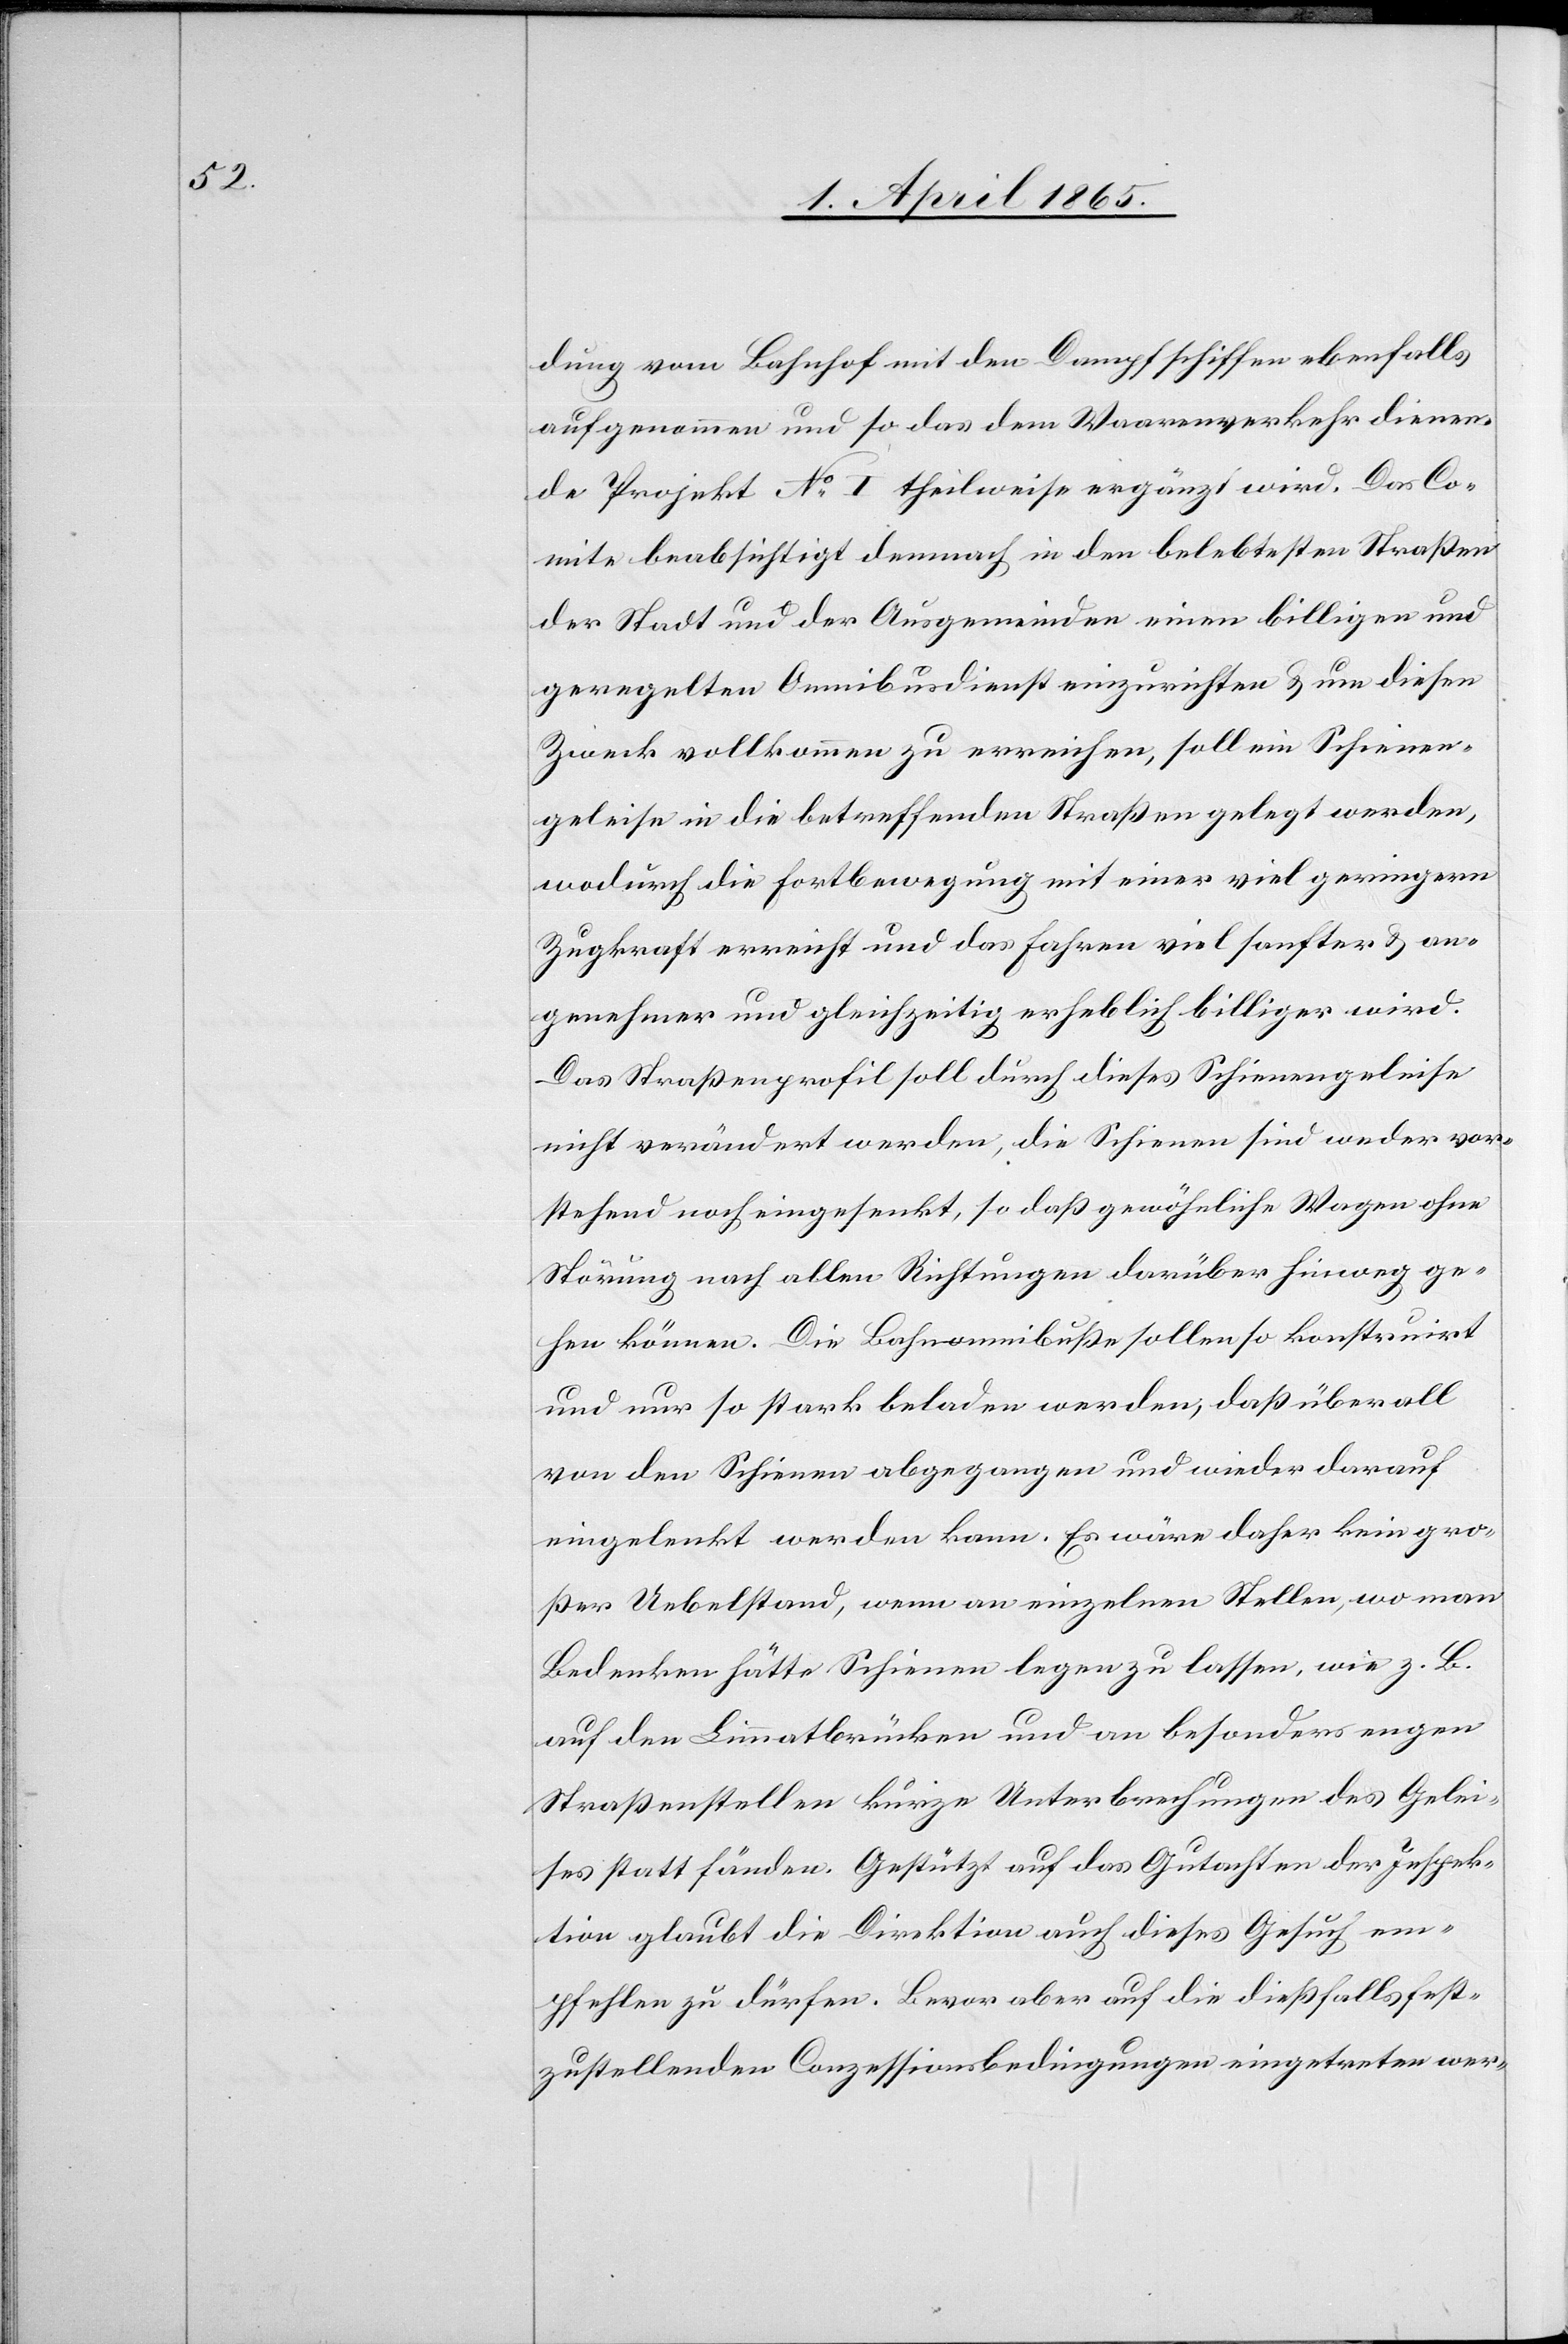
dung vom Bahnhof mit den Dampschiffen ebenfalls
aufgenommen und so das dem Waarenverkehr dienen¬
de Projekt No I theilweise ergänzt wird. Das Co¬
mite beabsichtigt demnach in den belebtesten Straßen
der Stadt und der Ausgemeinden einen billigen und
geregelten Omnibusdienst einzurichten & um diesen
Zweck vollkommen zu erreichen, soll ein Schienen¬
geleise in die betreffenden Straßen gelegt werden,
wodurch die Fortbewegung mit einer viel geringern
Zugkraft erreicht und das Fahren viel sanfter & an¬
genehmer und gleichzeitig erheblich billiger wird.
Das Straßenprofil soll durch dieses Schienengeleise
nicht verändert werden, die Schienen sind weder vor¬
stehend noch eingesenkt, so daß gewöhnliche Wagen ohne
Störung nach allen Richtungen darüber hinweg ge¬
hen können. Die Bahnomnibuße sollen so konstruirt
und nur so stark beladen werden, daß überall
von den Schienen abgegangen und wieder darauf
eingelenkt werden kann. Es wäre daher kein gro¬
ßer Uebelstand, wenn an einzelnen Stellen, wo man
Bedenken hätte Schienen legen zu lassen, wie z. B.
auf den Limmatbrücken und an besonders engen
Straßenstellen kurze Unterbrechungen des Gelei¬
ses statt fänden. Gestützt auf das Gutachten der Inspek¬
tion glaubt die Direktion auch dieses Gesuch em¬
pfehlen zu dürfen. Bevor aber auf die dießfalls fest¬
zustellenden Conzessionsbedingungen eingetreten wer-